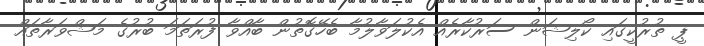
ޕީ ތުރުކީގައި ކޯލިޝަން ސަރުކާރެއް އެކުލަވާލުމާ ބެހޭގޮތުން ބާއްވާ ފުރަތަމަ ބުރުގެ މަޝްވަރާތައް